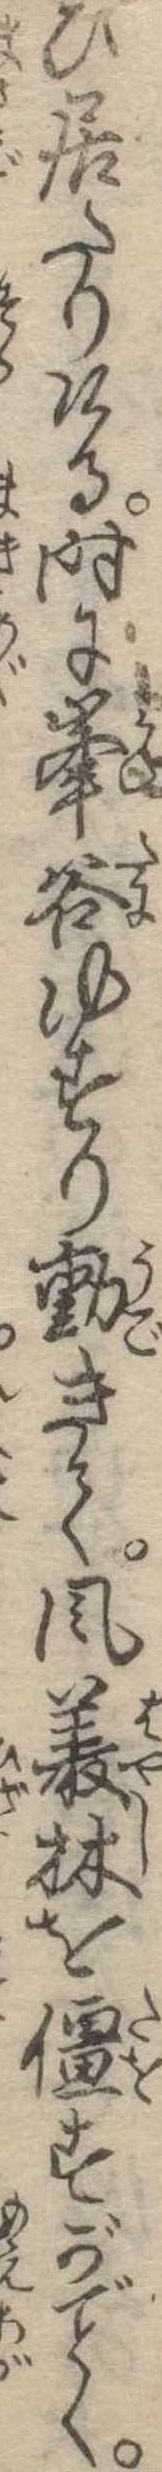
ひ居たりける時に峰谷ゆすり動きて風叢林を僵すがく